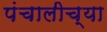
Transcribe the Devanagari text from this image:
पंचालीच्या